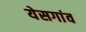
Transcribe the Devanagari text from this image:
येसगांव